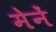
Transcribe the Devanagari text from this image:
मेनें